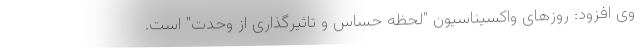
وی افزود: روزهای واکسیناسیون "لحظه حساس و تاثیرگذاری از وحدت" است.